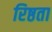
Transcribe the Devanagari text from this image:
रिष्ठता